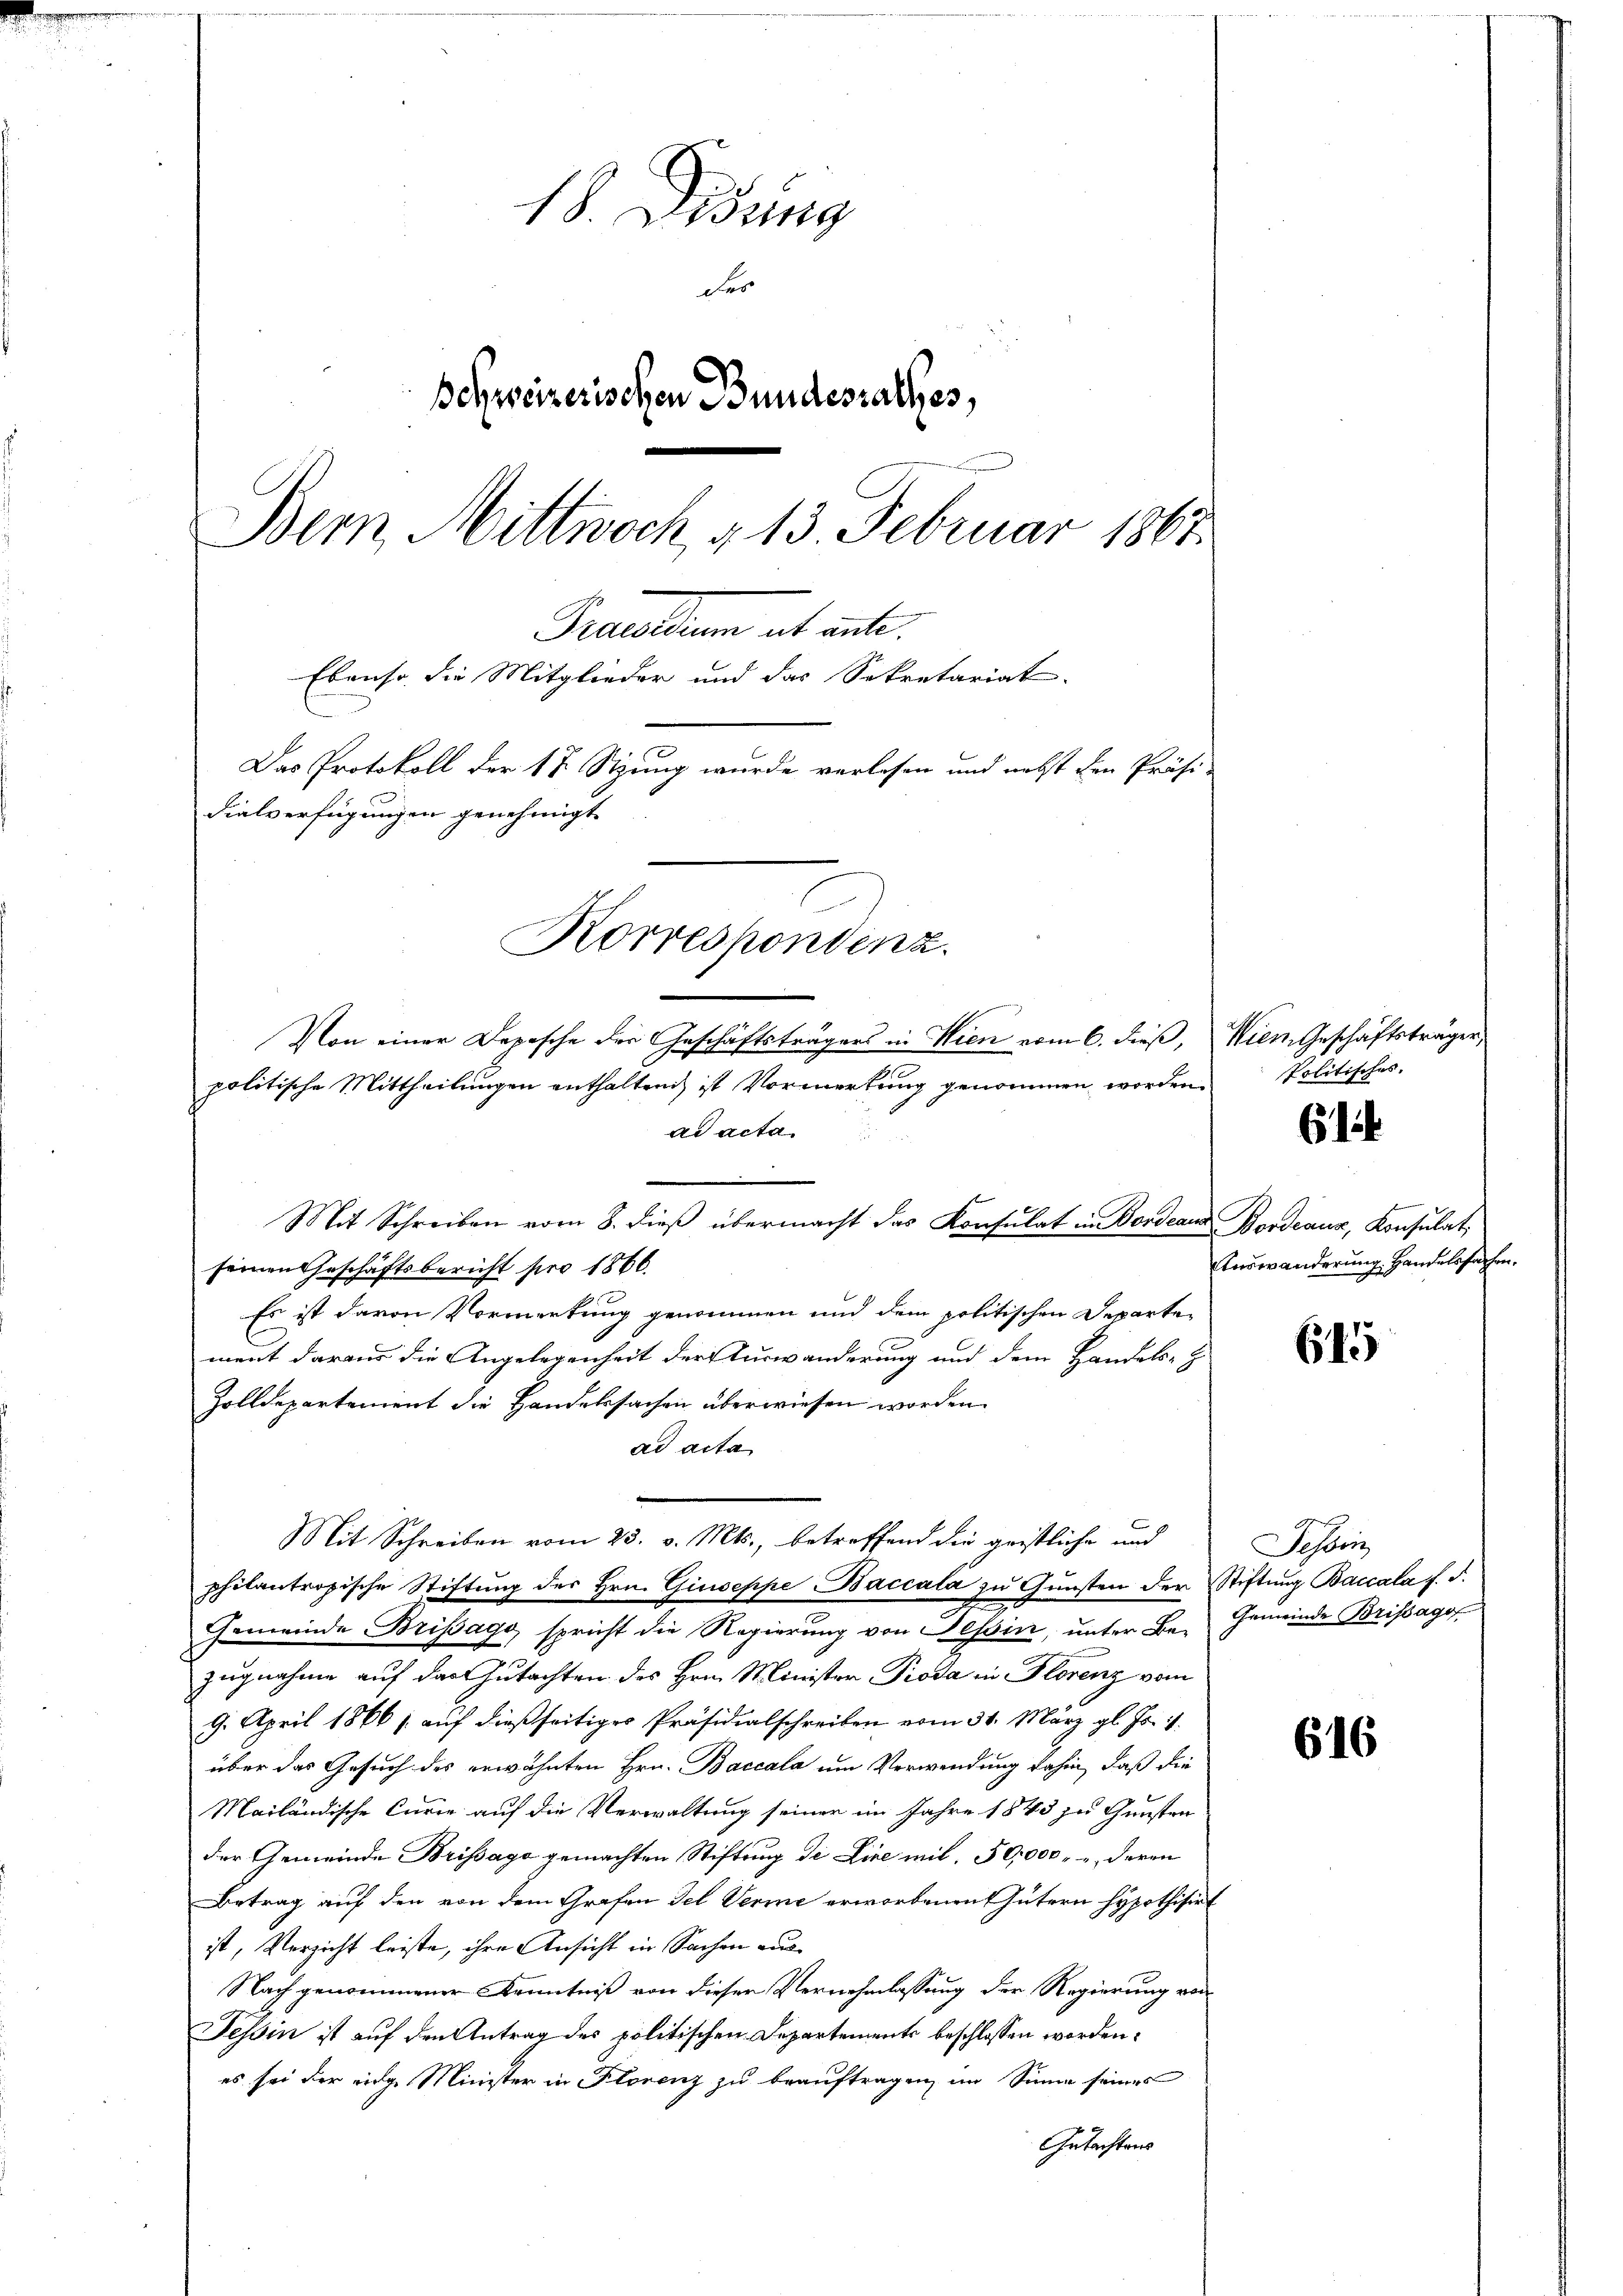
18. Lesung
Fer
Behweizerischen Bundesrathes,
Bern Mittwoch § 13. Februar 1867
Parallem alt unte
Ebenso die Mitglieder und das Sekretariat.
Das Protokoll der 17 Stzung wurde verlesen und nebst den Präsi-
dielverfügungen genehmigt.
Korrespondenz.

seinen Geschäftsbericht pro 1866.
Es ist davon Vormerkung genommen und dem politischen Departe
ment daraus die Angelegenheit der Turwänderung und dem Handels-
Zolldepartement die Handelssachen überwiesen worden.
ad acta
philantropische Stiftŭng des Hrn. Giuseppe Baccala zŭ Gŭnsten der Stiftŭng Baccala f. d.
Gemeinde Brissage, spricht die Regierung von Tessin, unter Be- Gemeinde Brissagof
zugnahme auf das Gutachten des Hrn. Minister Proda in Florenz vom
9. April 1866 s. auf dießseitiges Präsidialschreiben vom 31. März gl. Js. 1.
über das Gesuch des erwähnten Hrn. Baccala um Verwendung dahin, daß die
Mailändische Curie auf die Verwaltung seiner im Jahre 1845 zu Gunsten
der Gemeinde Brissage gemachten Stiftung de Lire mit. 50,000 " " deren
Betrag auf den von dem Grafen Fel Verme erworbenen Gütern Hypothisirt
ist, Verzicht leiste, ihre Ansicht in Sachen aus¬
Nach genommener Kenntniß von dieser Vernehmlassung der Regierung von
Tessin ist auf den Antrag des politischen Departements beschlossen worden.
es sei der eidge Minister in Florenz zu beauftragen, im Sinne seines
Gutachtens

Von einer Depesche der Geschäftsträgers in Wien vom 6. dieß,
politische Mittheilungen enthaltend ist Vormerkung genommen worden. Politisches
ad acta.
Mit Schreiben vom 8. dieß übermacht das Konsulat im Dordeaux

Mit Schreiben vom 23. v. Mts., betreffend die geistliche und

Wiem Geschäftsträger,

61

Bordeaus, Konsulat,
Answänderung Handelssachen.

615

Tessin

616